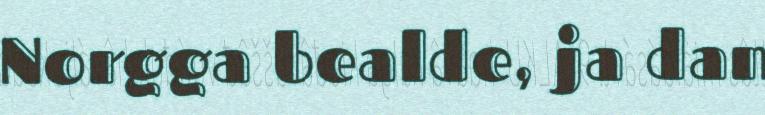
Norgga bealde, ja dan